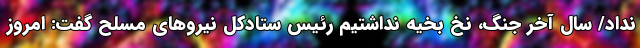
نداد/ سال آخر جنگ، نخ بخیه نداشتیم رئیس ستادکل نیروهای مسلح گفت: امروز